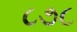
૮૭૮